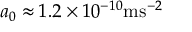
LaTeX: \, a _ { 0 } \approx 1 . 2 \times 1 0 ^ { - 1 0 } \mathrm { m s } ^ { - 2 }